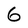
Character: 6